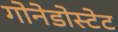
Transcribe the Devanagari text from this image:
गोनेडोस्टेट